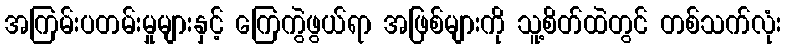
အကြမ်းပတမ်းမှုများနှင့် ကြေကွဲဖွယ်ရာ အဖြစ်များကို သူ့စိတ်ထဲတွင် တစ်သက်လုံး